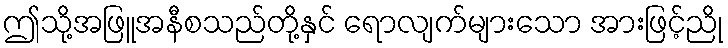
ဤသို့အဖြူအနီစသည်တို့နှင် ရောလျက်များသော အားဖြင့်ညို